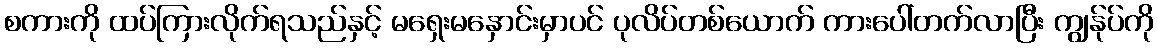
စကားကို ထပ်ကြားလိုက်ရသည်နှင့် မရှေးမနှောင်းမှာပင် ပုလိပ်တစ်ယောက် ကားပေါ်တက်လာပြီး ကျွန်ုပ်ကို